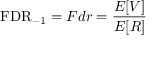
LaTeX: \mathrm { F D R } _ { - 1 } = F d r = { \frac { E [ V ] } { E [ R ] } }